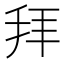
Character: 拜